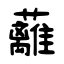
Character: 蘺